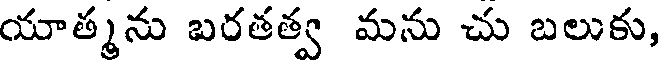
యాత్మను బరతత్వ మను చు బలుకు,